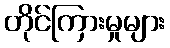
တိုင်ကြားမှုများ